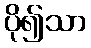
ပို၍သာ